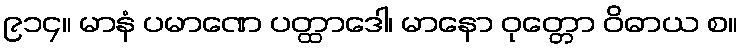
၉၁၄။ မာနံ ပမာဏေ ပတ္ထာဒေါ၊ မာနော ဝုတ္တော ဝိဓာယ စ။